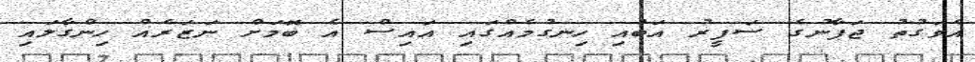
އެވަގުތު ޖަޕާނުގެ ސަފީރު އަބުއި ހިނގުމެއްގައި އައިސް އެ ބޮމަށް ނަޒަރެއް ހިންގާލައި